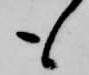
も